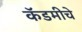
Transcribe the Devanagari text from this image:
कॅडमीचे